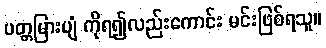
ပတ္တမြားပျံ ကိုရ၍လည်းကောင်း မင်းဖြစ်ရသူ။